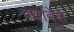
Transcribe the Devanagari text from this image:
पर्यावेश